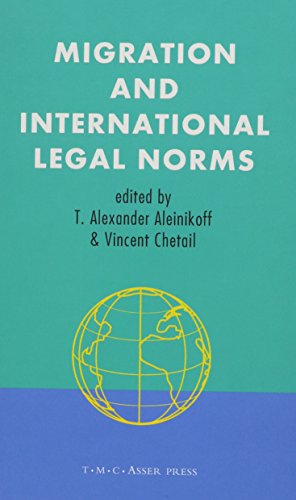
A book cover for Migration and International Legal Norms; Law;